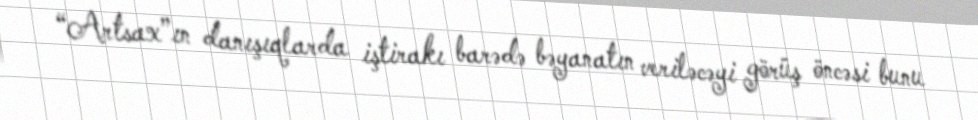
“Artsax”ın danışıqlarda iştirakı barədə bəyanatın veriləcəyi görüş öncəsi bunu